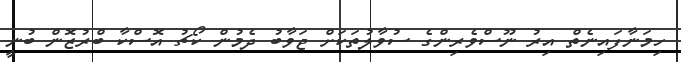
ހިމަނާފައިނެތް އިރު ނޫސްވެރިންގެ ސުވާލުތަކަށް ޖަވާބު ދެމުން ކޯޗު އޮސްކާ ބްރުޒޮން ބުނީ